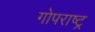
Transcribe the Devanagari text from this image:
गोपराष्ट्र